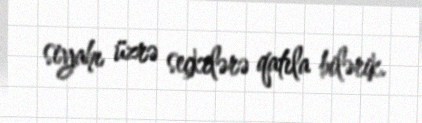
siyahı üzrə seçkilərə qatıla bilərik.